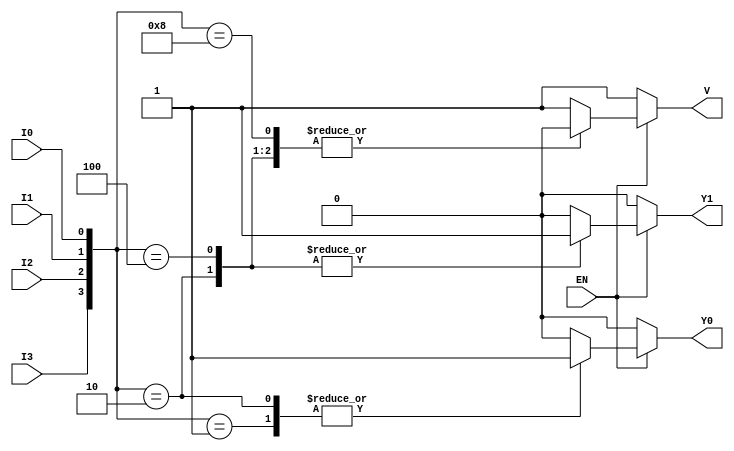
module encoder_4to2 (
    input wire EN,    // Enable signal
    input wire I0,    // Input 0
    input wire I1,    // Input 1
    input wire I2,    // Input 2
    input wire I3,    // Input 3
    output reg Y0,    // Output 0
    output reg Y1,    // Output 1
    output reg V      // Invalid output
);

always @(*) begin
    if (!EN) begin
        // When EN is low, set outputs to defined state
        Y0 = 0;
        Y1 = 0;
        V = 1; // Invalid state
    end else begin
        // When EN is high, determine the output based on inputs
        case ({I3, I2, I1, I0})
            4'b0001: begin // I0 is high
                Y0 = 1;
                Y1 = 0;
                V = 0;
            end
            4'b0010: begin // I1 is high
                Y0 = 1;
                Y1 = 1;
                V = 0;
            end
            4'b0100: begin // I2 is high
                Y0 = 0;
                Y1 = 1;
                V = 0;
            end
            4'b1000: begin // I3 is high
                Y0 = 0;
                Y1 = 0;
                V = 0;
            end
            default: begin // No valid input or multiple inputs are high
                Y0 = 0;
                Y1 = 0;
                V = 1; // Invalid state
            end
        endcase
    end
end

endmodule